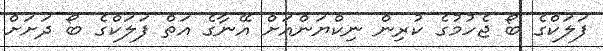
ފަލަކްގެ ބޯ ޖެހުމުގެ ކުރިން ނިކްޔަންއަށް އޭނާގެ އަތް ފަލަކްގެ ބޯ ދަށަށް